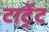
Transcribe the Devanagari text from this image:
टाट्रेंट